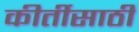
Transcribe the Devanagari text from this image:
कीर्तीसाठी